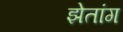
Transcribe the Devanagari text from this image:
झेतांग